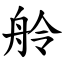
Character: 舲